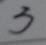
3